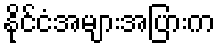
နိုင်ငံအများအပြားက